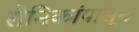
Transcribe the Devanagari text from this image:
सैनिकांपासून